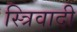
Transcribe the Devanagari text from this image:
स्त्रिवादी